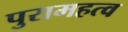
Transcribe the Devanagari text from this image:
पुरामहत्व